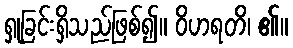
ရှုခြင်းရှိသည်ဖြစ်၍။ ဝိဟရတိ၊ ၏။